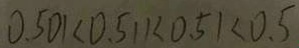
0 . 5 0 1 < 0 . 5 1 1 < 0 . 5 1 < 0 . 5